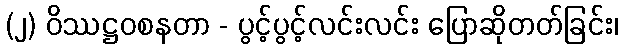
(၂) ဝိဿဋ္ဌဝစနတာ - ပွင့်ပွင့်လင်းလင်း ပြောဆိုတတ်ခြင်း၊